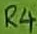
Text: R4